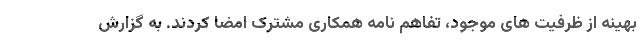
بهینه از ظرفیت های موجود، تفاهم نامه همکاری مشترک امضا کردند. به گزارش